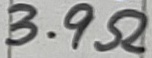
Text: 3.9Ω